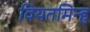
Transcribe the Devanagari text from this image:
वियतमिन्ह